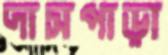
দাসপাড়া